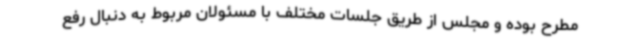
مطرح بوده و مجلس از طریق جلسات مختلف با مسئولان مربوط به دنبال رفع